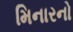
મિનારનો